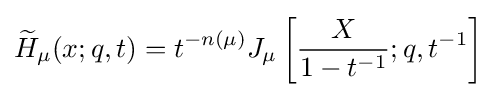
{\widetilde {H}}_{\mu }(x;q,t)=t^{-n(\mu )}J_{\mu }\left[{\frac {X}{1-t^{-1}}};q,t^{-1}\right]